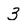
Character: 3